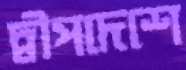
দ্বীপদেশে